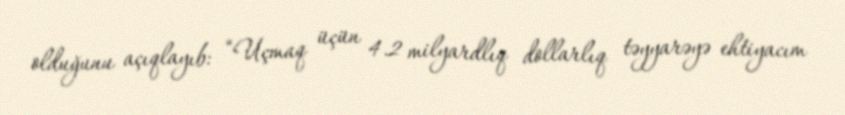
olduğunu açıqlayıb: “Uçmaq üçün 4.2 milyardlıq dollarlıq təyyarəyə ehtiyacım